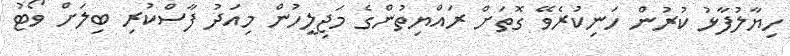
ހިޔާލުފާޅު ކުރުން ހަނިކުރެވޭ ގޮތަށް ރައްޔިތުންގެ މަޖިލީހުން މިއަދު ފާސްކުރި ބިލަށް ވޯޓު